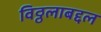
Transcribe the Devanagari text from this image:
विठ्ठलाबद्दल